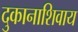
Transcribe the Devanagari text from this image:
दुकानाशिवाय